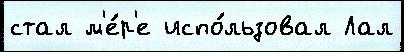
стал м'е́р'е испо́льзовал Лал